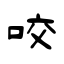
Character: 咬